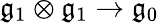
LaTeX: {\mathfrak{g}}_{1}\otimes{\mathfrak{g}}_{1}\rightarrow{\mathfrak{g}}_{0}